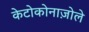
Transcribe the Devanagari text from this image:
केटोकोनाज़ोले